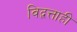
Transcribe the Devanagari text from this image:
विद्वत्ताही